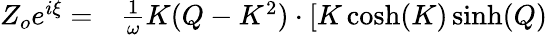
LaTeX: \begin{array}{rl}{Z_{o}e^{i\xi}=}&{{}\frac{1}{\omega}K(Q-K^{2})\cdot[K\cosh(K)\sinh(Q)}\end{array}